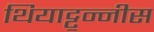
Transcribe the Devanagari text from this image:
थियाट्टून्नीस